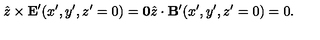
{ \hat { z } } \times { \bf E } ^ { \prime } ( x ^ { \prime } , y ^ { \prime } , z ^ { \prime } = 0 ) = { \bf 0 } { \hat { z } } \cdot { \bf B } ^ { \prime } ( x ^ { \prime } , y ^ { \prime } , z ^ { \prime } = 0 ) = 0 .